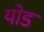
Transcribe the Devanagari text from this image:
योड